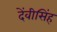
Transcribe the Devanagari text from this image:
देंवीसिंह